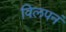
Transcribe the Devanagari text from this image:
विलपनं